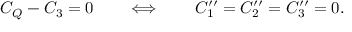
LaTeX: C _ { Q } - C _ { 3 } = 0 \qquad \Longleftrightarrow \qquad C _ { 1 } ^ { \prime \prime } = C _ { 2 } ^ { \prime \prime } = C _ { 3 } ^ { \prime \prime } = 0 .